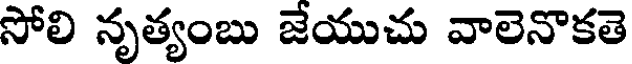
సోలి నృత్యంబు జేయుచు వాలెనొకతె